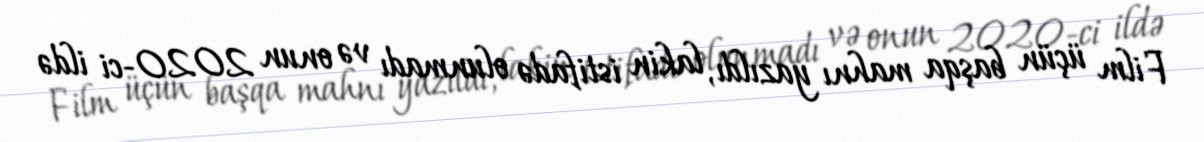
Film üçün başqa mahnı yazıldı, lakin istifadə olunmadı və onun 2020-ci ildə